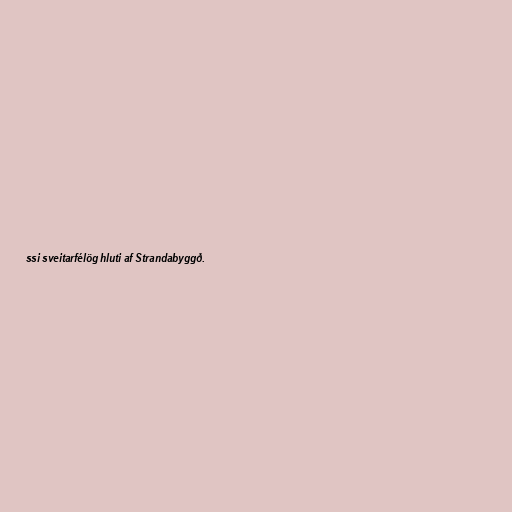
ssi sveitarfélög hluti af Strandabyggð.